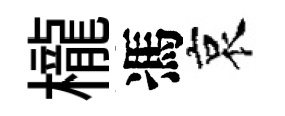
櫳馮哀